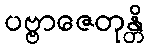
ပဗ္ဗာဇေတုန္တိ